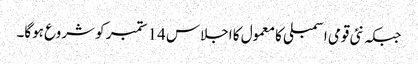
جبکہ نئی قومی اسمبلی کا معمول کا اجلاس 14 ستمبر کو شروع ہوگا۔